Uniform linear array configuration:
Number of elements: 8
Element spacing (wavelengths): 1
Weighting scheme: exponential
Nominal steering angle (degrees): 15
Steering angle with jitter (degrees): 16.358
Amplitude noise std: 0.05
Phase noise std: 0.05

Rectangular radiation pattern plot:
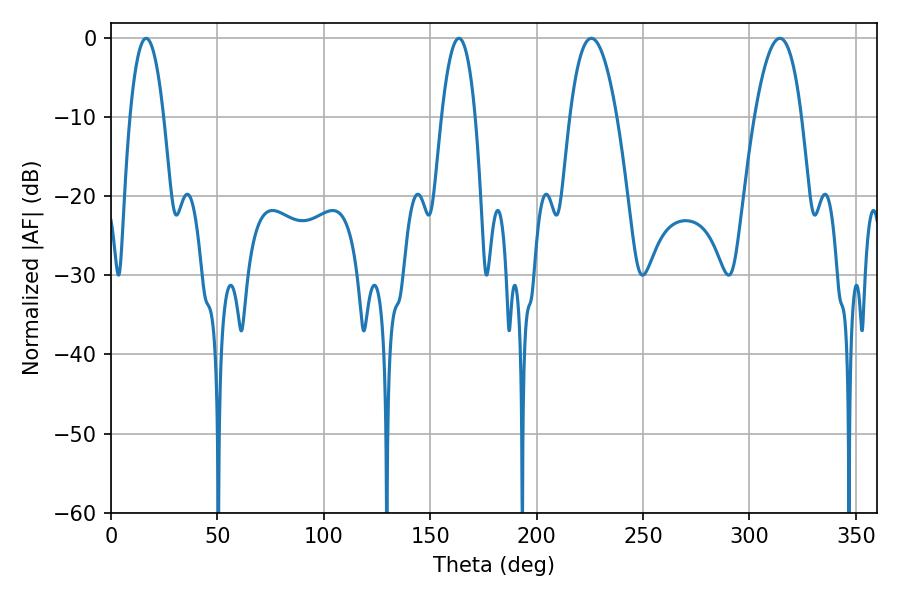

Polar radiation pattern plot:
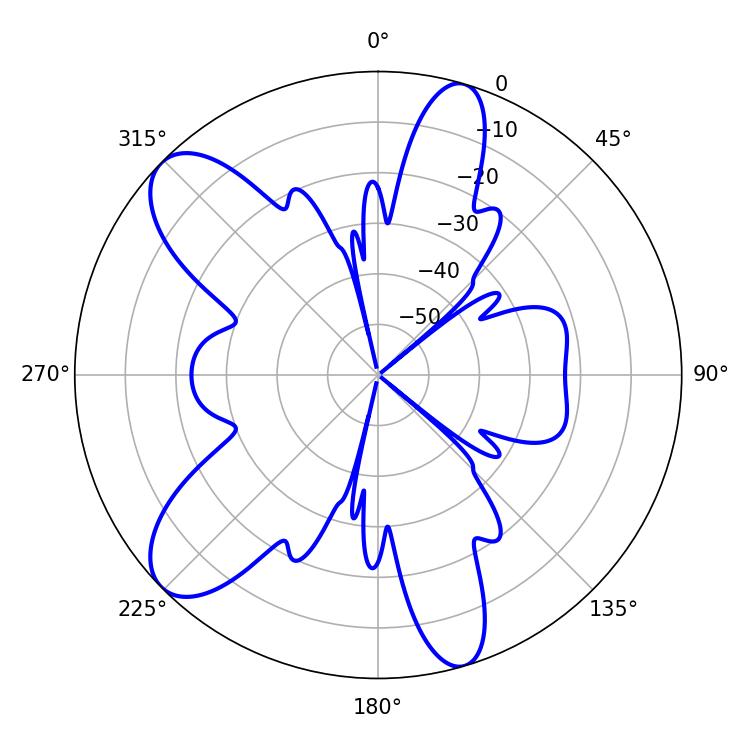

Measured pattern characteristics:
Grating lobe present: TRUE
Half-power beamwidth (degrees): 12.06
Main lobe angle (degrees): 225.72